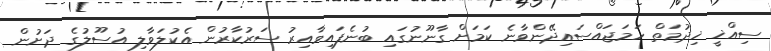
ސިއްޚީ ޚިދުމަތް ހަމަޖައްސައިދޭންވާނެ ކަމަށް ގާނޫނުގައި ބުނެފައިވާއިރު ސަރުކާރުން އެކުލަވާލި އުސޫލުގެ ދަށުން